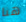
هنا